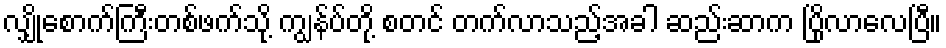
လျှိုစောက်ကြီးတစ်ဖက်သို့ ကျွန်ပ်တို့ စတင် တက်လာသည့်အခါ ဆည်းဆာက ပြိုလာလေပြီ။